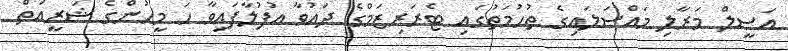
އަސީލް މަރާލި މައްސަލައިގެ ތުހުމަތުގައި ޓެރަރިޒަމްގެ ދައުވާ އުފުލާފައިވާ ހަ މީހުންގެ ޝަރީއަތް